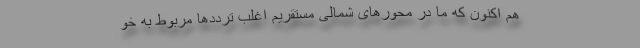
هم اکنون که ما در محور‌های شمالی مستقریم اغلب تردد‌ها مربوط به خو